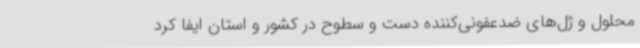
محلول‌ و ژل‌های ضدعفونی‌کننده دست و سطوح در کشور و استان ایفا کرد